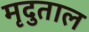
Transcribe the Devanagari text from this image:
मृदुताल